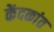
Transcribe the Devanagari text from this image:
केंदकांत